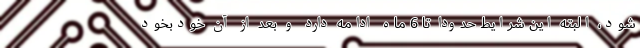
شود، البته این شرایط حدودا تا 6 ماه ادامه دارد و بعد از آن خودبخود